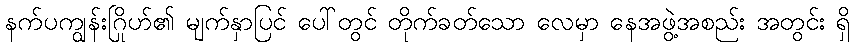
နက်ပကျွန်းဂြိုဟ်၏ မျက်နှာပြင် ပေါ်တွင် တိုက်ခတ်သော လေမှာ နေအဖွဲ့အစည်း အတွင်း ရှိ